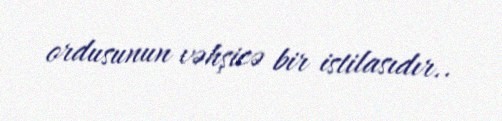
ordusunun vəhşicə bir istilasıdır..